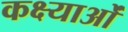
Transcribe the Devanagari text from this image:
कक्ष्याओं